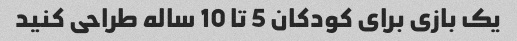
یک بازی برای کودکان 5 تا 10 ساله طراحی کنید